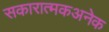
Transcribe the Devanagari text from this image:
सकारात्मकअनेक